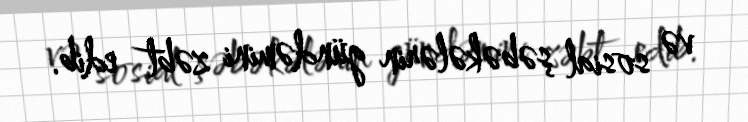
və sosial şəbəkələrin gündəmini zəbt edib.